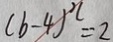
( b - 4 ) ^ { 2 } = 2